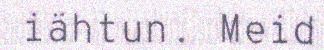
iähtun. Meid